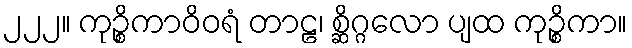
၂၂၂။ ကုဉ္စိကာဝိဝရံ တာဠ၊ စ္ဆိဂ္ဂလော ပျထ ကုဉ္စိကာ။